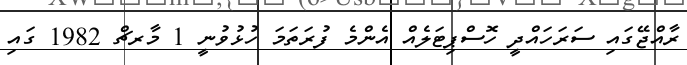
ރާއްޖޭގައި ސަރަހައްދީ ހޮސްޕިޓަލެއް އެންމެ ފުރަތަމަ ހުޅުވުނީ 1 މާރޗް 1982 ގައި